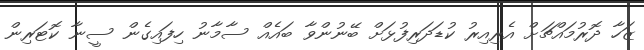
ޒަހާ ދޮރުމައްޗަށް އެރިއިރު ކުޑަދަރިފުޅަށް ބޭނުންވާ ބައެއް ސާމާނު ހިފައިގެން ސީނާ ކޮޓަރިން